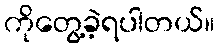
ကိုတွေ့ခဲ့ရပါတယ်။